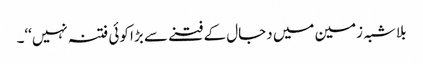
بلاشبہ زمین میں دجال کے فتنے سے بڑا کوئی فتنہ نہیں‘‘۔